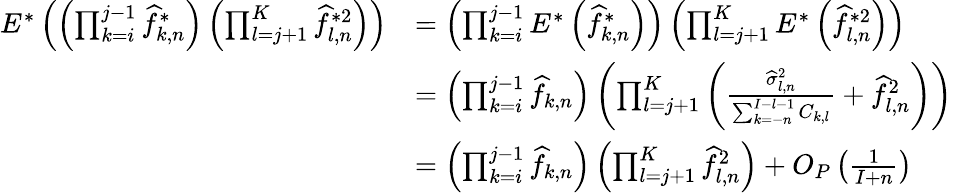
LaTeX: \begin{array}{rl}{E^{*}\left(\left(\prod_{k=i}^{j-1}\widehat{f}_{k,n}^{*}\right)\left(\prod_{l=j+1}^{K}\widehat{f}_{l,n}^{*2}\right)\right)}&{=\left(\prod_{k=i}^{j-1}E^{*}\left(\widehat{f}_{k,n}^{*}\right)\right)\left(\prod_{l=j+1}^{K}E^{*}\left(\widehat{f}_{l,n}^{*2}\right)\right)}\\ &{=\left(\prod_{k=i}^{j-1}\widehat{f}_{k,n}\right)\left(\prod_{l=j+1}^{K}\left(\frac{\widehat\sigma_{l,n}^{2}}{\sum_{k=-n}^{I-l-1}C_{k,l}}+\widehat{f}_{l,n}^{2}\right)\right)}\\ &{=\left(\prod_{k=i}^{j-1}\widehat{f}_{k,n}\right)\left(\prod_{l=j+1}^{K}\widehat{f}_{l,n}^{2}\right)+O_{P}\left(\frac{1}{I+n}\right)}\end{array}